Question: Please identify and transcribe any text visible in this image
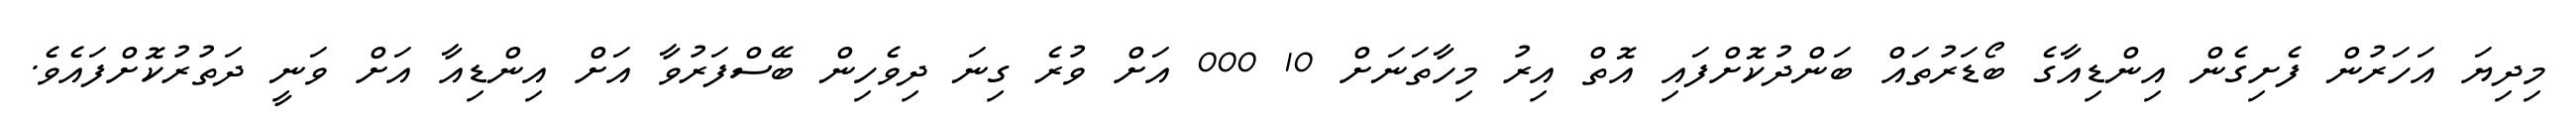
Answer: މިދިޔަ އަހަރުން ފެށިގެން އިންޑިއާގެ ބޯޑަރުތައް ބަންދުކޮށްފައި އޮތް އިރު މިހާތަނަށް 10 000 އަށް ވުރެ ގިނަ ދިވެހިން ބޭސްފަރުވާ އަށް އިންޑިއާ އަށް ވަނީ ދަތުރުކޮށްފައެވެ.